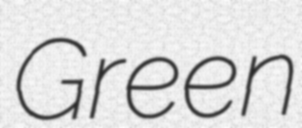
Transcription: Green